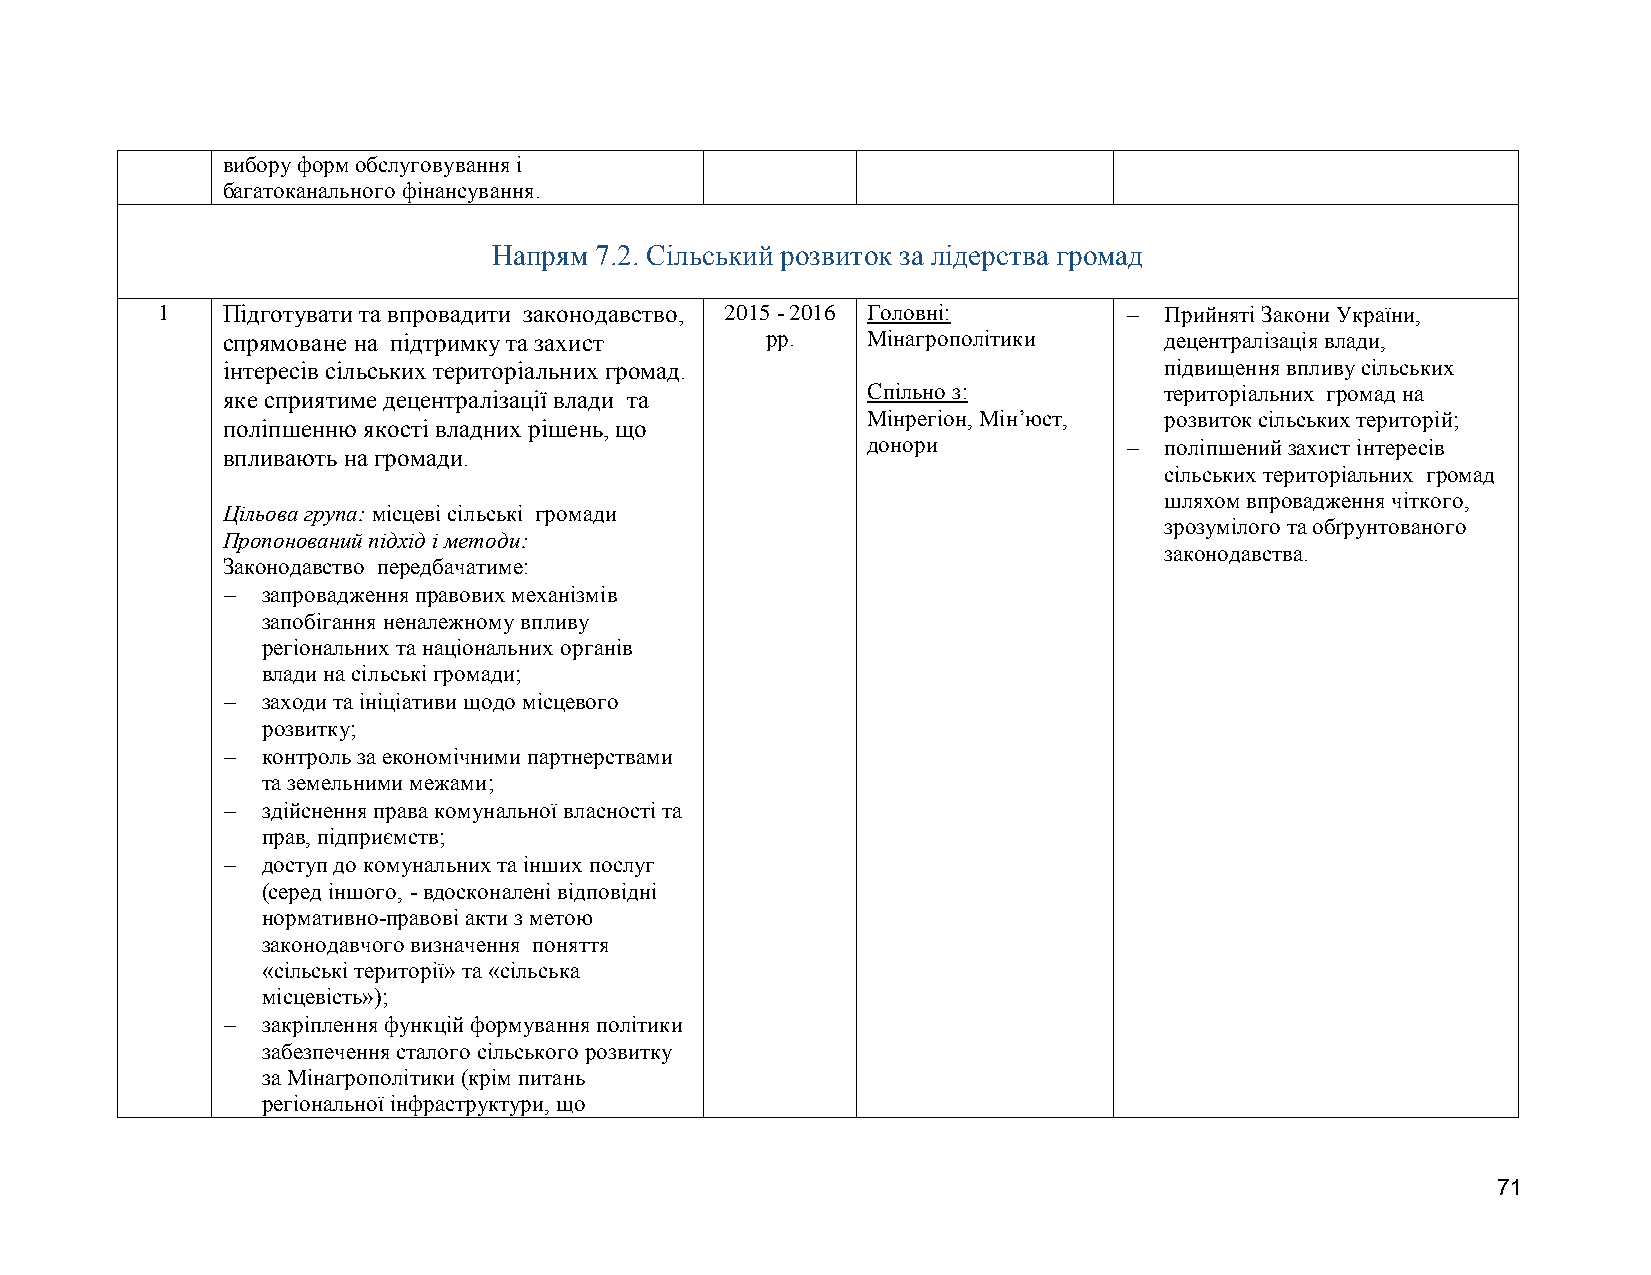
вибору форм обслуговування і
 багатоканального фінансування.
 Напрям 7.2. Сільський розвиток за лідерства громад
 1    Підготувати та впровадити законодавство, 2015 - 2016 Головні:  Прийняті Закони України,
 спрямоване на підтримку та захист   рр.   Мінагрополітики     децентралізація влади,
 інтересів сільських територіальних громад.                    підвищення впливу сільських
 яке сприятиме децентралізації влади та    Спільно з:          територіальних громад на
 Мінрегіон, Мін’юст, розвиток сільських територій;
 поліпшенню якості владних рішень, що
 донори             поліпшений захист інтересів
 впливають на громади.
 сільських територіальних громад
 шляхом впровадження чіткого,
 Цільова група: місцеві сільські громади
 зрозумілого та обґрунтованого
 Пропонований підхід і методи:
 законодавства.
 Законодавство передбачатиме:
  запровадження правових механізмів
 запобігання неналежному впливу
 регіональних та національних органів
 влади на сільські громади;
  заходи та ініціативи щодо місцевого
 розвитку;
  контроль за економічними партнерствами
 та земельними межами;
  здійснення права комунальної власності та
 прав, підприємств;
  доступ до комунальних та інших послуг
 (серед іншого, - вдосконалені відповідні
 нормативно-правові акти з метою
 законодавчого визначення поняття
 «сільські території» та «сільська
 місцевість»);
  закріплення функцій формування політики
 забезпечення сталого сільського розвитку
 за Мінагрополітики (крім питань
 регіональної інфраструктури, що
 71